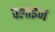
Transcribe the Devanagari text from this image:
फ्लाइज